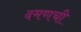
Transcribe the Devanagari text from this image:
दमणची